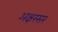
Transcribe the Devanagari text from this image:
अक्षरसर